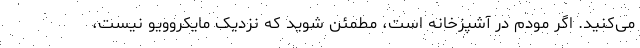
می‌کنید. اگر مودم در آشپزخانه است، مطمئن شوید که نزدیک مایکروویو نیست،